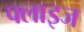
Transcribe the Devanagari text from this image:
फ्लाइज